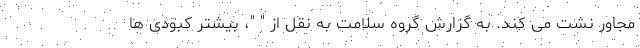
مجاور نشت می کند. به گزارش گروه سلامت به نقل از " "، بیشتر کبودی ها